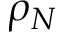
\rho _ { N }